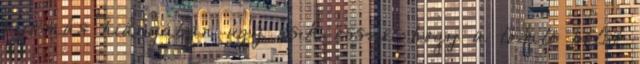
nyomás hiányában úgy esik össze, hogy a tömlõ belsõ